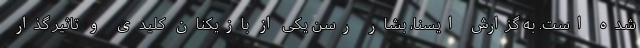
شده است. به گزارش ایسنا، بشار رسن یکی از بازیکنان کلیدی و تاثیر گذار